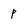
Character: p